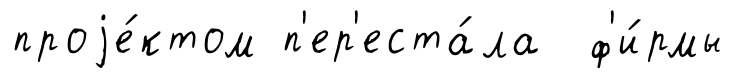
проjе́ктом п'ер'еста́ла ф'и́рмы